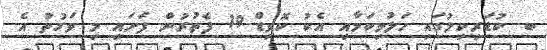
ބ. ކުޑަރިކިލުގައި ހަލުވިކަމާއި އެކު ކޮވިޑް-19 ފެތުރުން ފަށައި މި ވަގުތު އެ